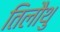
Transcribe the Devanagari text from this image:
तिलौथु